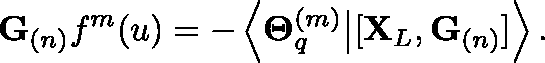
\mathbf { G } _ { ( n ) } f ^ { m } ( \mathfrak { u } ) = - \left\langle \mathbf { \Theta } _ { q } ^ { ( m ) } \big \vert [ \mathbf { X } _ { L } , \mathbf { G } _ { ( n ) } ] \right\rangle .